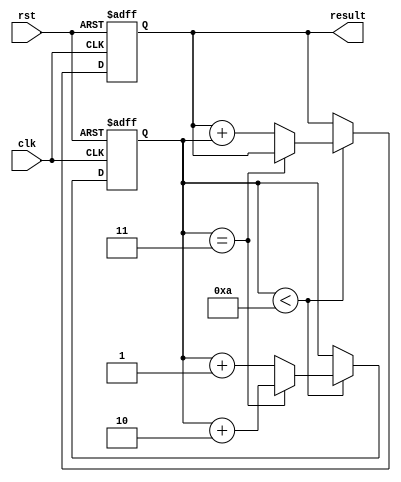
module Loop(
  input wire clk,
  input wire rst,
  output reg [7:0] result
);

reg [7:0] counter;

always @ (posedge clk or posedge rst) begin
  if (rst) begin
    counter <= 0;
    result <= 0;
  end else begin
    if (counter < 10) begin
      if (counter == 3) begin
        counter <= counter + 2; // Skip iterations with counter equal to 3
      end else begin
        result <= result + counter;
        counter <= counter + 1;
      end
    end
  end
end

endmodule